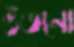
গুঁতনো